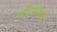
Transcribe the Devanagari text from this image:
फौजांमध्ये